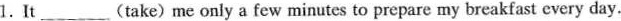
1.It ___ (take) me only a few minutes to prepare my breakfast every day.